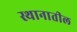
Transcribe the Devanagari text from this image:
स्थानातील